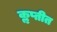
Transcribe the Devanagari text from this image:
कॢप्तीत